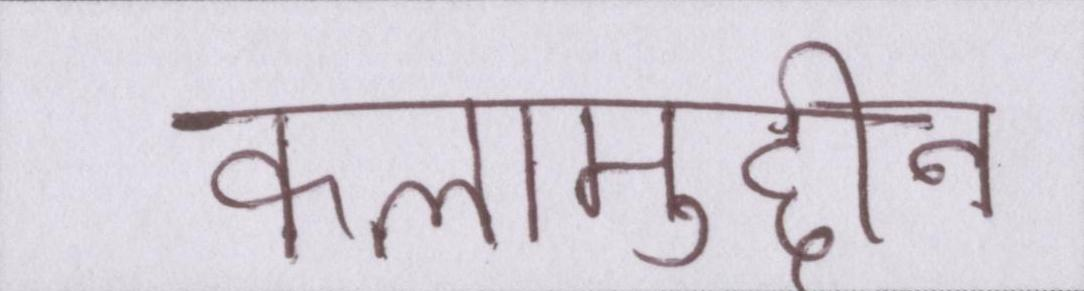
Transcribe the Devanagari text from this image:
कलामुद्दीन